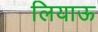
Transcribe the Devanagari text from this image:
लियाऊ